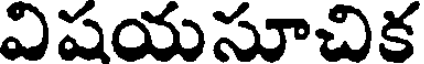
విషయసూచిక